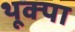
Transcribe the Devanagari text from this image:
थूक्‍पा